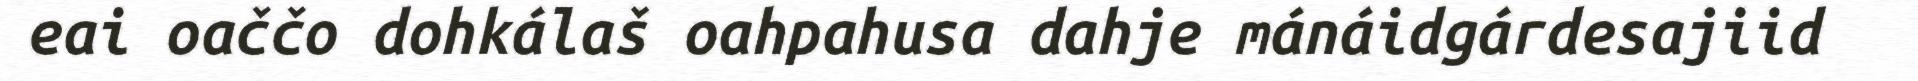
eai oaččo dohkálaš oahpahusa dahje mánáidgárdesajiid